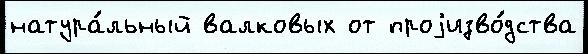
натура́льный валковых от проjизво́дства